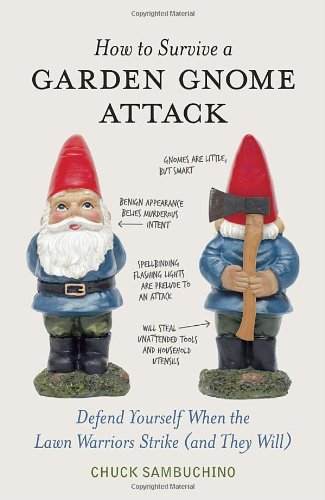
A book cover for How to Survive a Garden Gnome Attack: Defend Yourself When the Lawn Warriors Strike (And They Will); Chuck Sambuchino; Humor & Entertainment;